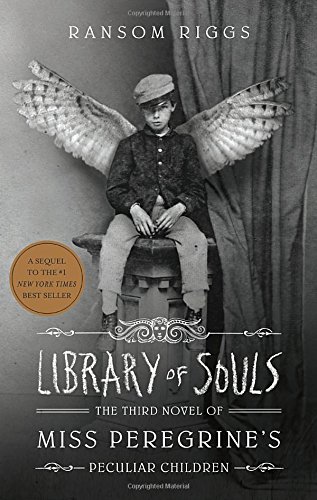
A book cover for Library of Souls: The Third Novel of Miss Peregrine's Peculiar Children; Ransom Riggs; Teen & Young Adult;